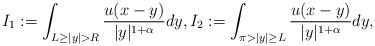
LaTeX: \begin{align*}I_1 := \int_{L \ge |y| > R} \frac{u(x-y)}{|y|^{1+\alpha}}dy, I_2 := \int_{\pi > |y| \ge L} \frac{u(x-y)}{|y|^{1+\alpha}}dy,\end{align*}